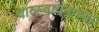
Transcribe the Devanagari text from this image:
वात्स्यायनाच्या